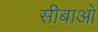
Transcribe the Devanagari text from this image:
सीबाओ